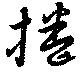
捲